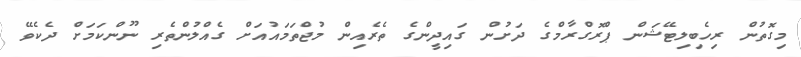
މިގޮތުން ރިހެބިލިޓޭޝަން ޕްރޮގްރާމްގެ ދަށުން ގައިދީންގެ ތެރެއިން މުޖްތަމައުއަށް ގެއްލުންތެރި ނޫންކަމަށް ދެކެވޭ